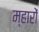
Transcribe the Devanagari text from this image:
म्हारों